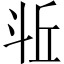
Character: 𪯫